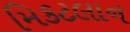
મિકટલાન